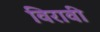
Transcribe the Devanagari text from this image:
विरावी